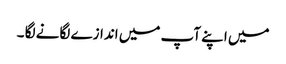
میں اپنے آپ میں اندازے لگانے لگا ۔